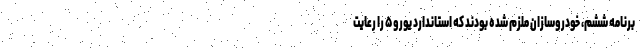
برنامه ششم، خودروسازان ملزم شده بودند که استاندارد یورو۵ را رعایت